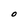
Character: O